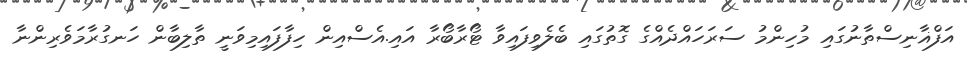
އަފްޣާނިސްތާނުގައި މުހިންމު ސަރަހައްދެއްގެ ގޮތުގައި ބެލެވިފައިވާ ޓޯރާބޯރާ އައި.އެސްއިން ހިފާފައިމިވަނީ ތާލިބާން ހަނގުރާމަވެރިންނާ